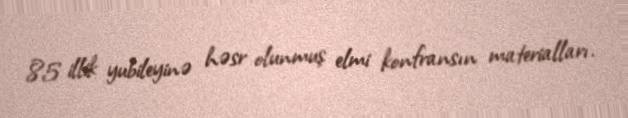
85 illik yubileyinə həsr olunmuş elmi konfransın materialları.